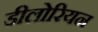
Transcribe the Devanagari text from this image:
डीलोरियन